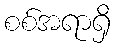
စစ်အရာရှိ